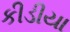
કીડીયા